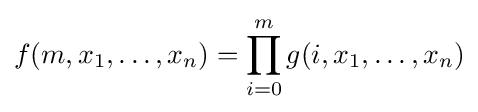
f(m,x_{1},\ldots ,x_{n})=\prod \limits _{i=0}^{m}g(i,x_{1},\ldots ,x_{n})